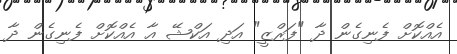
އެއްކޮށް ފެނިގެން ދާ "ފަރްޒީ" އަދި އަކްޝޭ އާ އެއްކޮށް ފެނިގެން ދާ